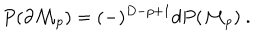
P ( \partial { \cal M } _ { p } ) = ( - ) ^ { D - p + 1 } d P ( { \cal M } _ { p } ) \ .